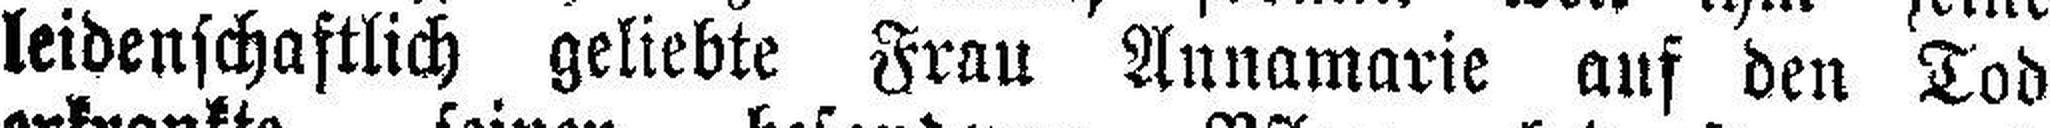
leidenschaftlich geliebte Frau Annamarie auf den Tod